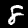
Label: 8